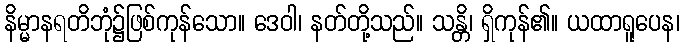
နိမ္မာနရတိဘုံ၌ဖြစ်ကုန်သော။ ဒေဝါ၊ နတ်တို့သည်။ သန္တိ၊ ရှိကုန်၏။ ယထာရူပေန၊